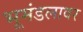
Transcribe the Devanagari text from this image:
भूमंडलावर